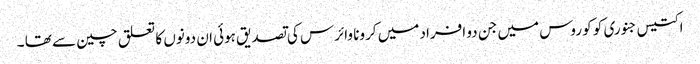
اکتیس جنوری کو کو روس میں جن دو افراد میں کرونا وائرس کی تصدیق ہوئی ان دونوں کا تعلق چین سے تھا ۔